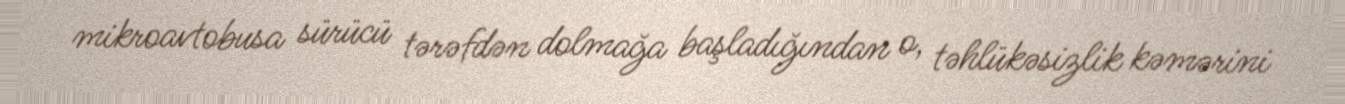
mikroavtobusa sürücü tərəfdən dolmağa başladığından o, təhlükəsizlik kəmərini